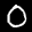
Label: 0